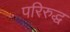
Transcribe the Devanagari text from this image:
परिरुद्ध